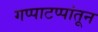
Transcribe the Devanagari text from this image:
गप्पाटप्पांतून